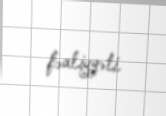
fəaliyyəti.